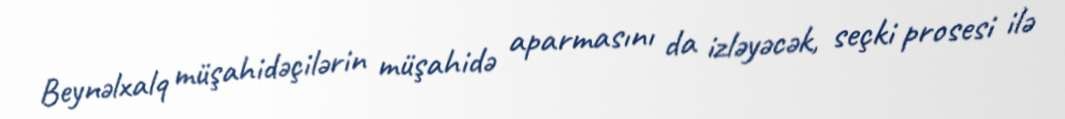
Beynəlxalq müşahidəçilərin müşahidə aparmasını da izləyəcək, seçki prosesi ilə